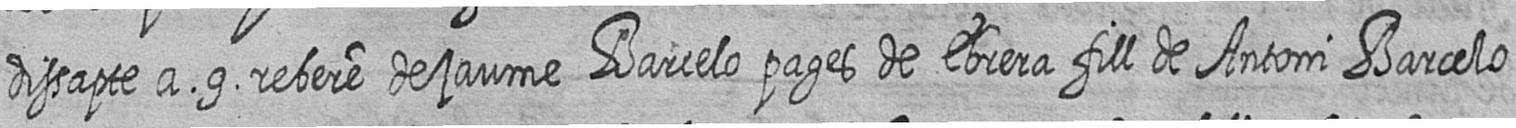
dissapte a 9 rebere de jaume Barcelo pages de Ebrera fill de Antoni Barcelo